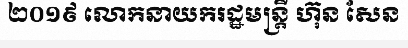
២០១៩ លោកនាយករដ្ឋមន្ត្រី ហ៊ុន សែន